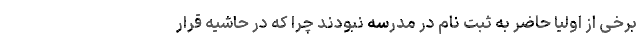
برخی از اولیا حاضر به ثبت نام در مدرسه نبودند چرا که در حاشیه قرار